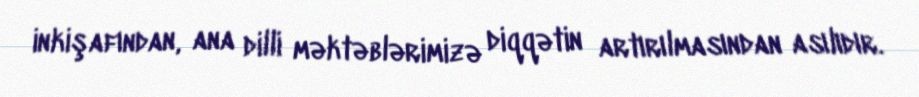
inkişafından, ana dilli məktəblərimizə diqqətin artırılmasından asılıdır.